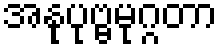
အနုပုဗ္ဗမုဂ္ဂတာ